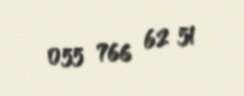
055 766 62 51